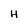
Character: H